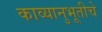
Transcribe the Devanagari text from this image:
काव्यानुभूतीचे